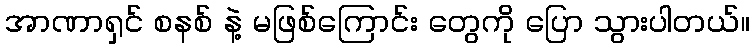
အာဏာရှင် စနစ် နဲ့ မဖြစ်ကြောင်း တွေကို ပြော သွားပါတယ်။